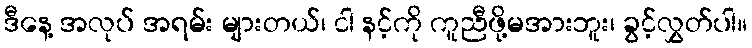
ဒီနေ့ အလုပ် အရမ်း များတယ်၊ ငါ နင့်ကို ကူညီဖို့မအားဘူး၊ ခွင့်လွှတ်ပါ။